Report of the Indian Hemp Drugs Commission, 1894-1895 - Volume IV
Year: 1894
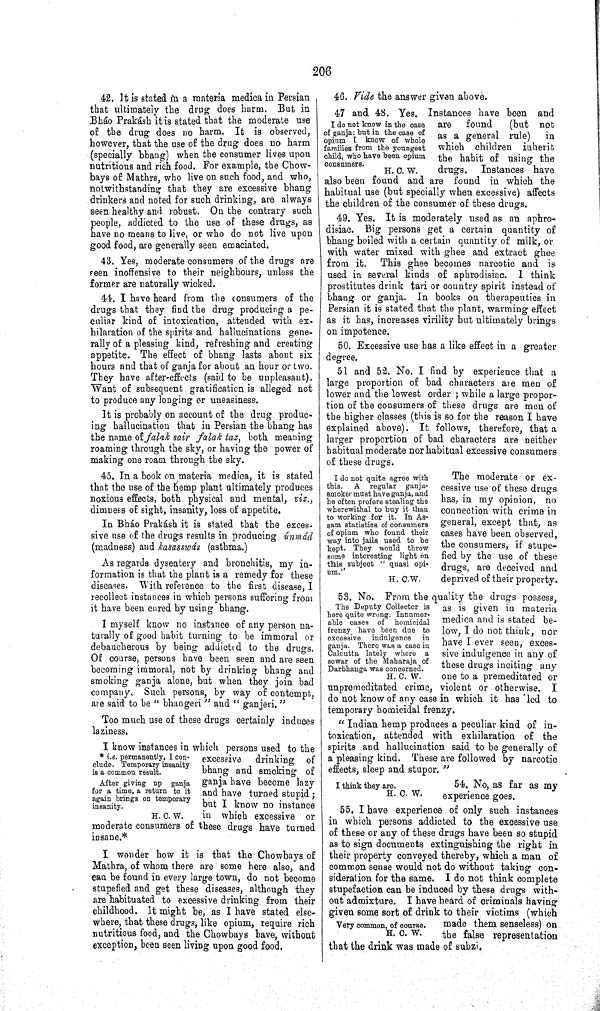
206
42. It is stated in a materia medica in Persian
that ultimately the drug does harm. But in
Bháo Prakásh it is stated that the moderate use
of the drug does no harm. It is observed,
however, that the use of the drug does no harm
(specially bhang) when the consumer lives upon
nutritious and rich food. For example, the Chow-
bays of Mathra, who live on such food, and who,
notwithstanding that they are excessive bhang
drinkers and noted for such drinking, are always
seen healthy and robust. On the contrary such
people, addicted to the use of these drugs, as
have no means to live, or who do not live upon
good food, are generally seen emaciated.
43. Yes, moderate consumers of the drugs are
seen inoffensive to their neighbours, unless the
former are naturally wicked.
44. I have heard from the consumers of the
drugs that they find the drug producing a pe-
culiar kind of intoxication, attended with ex-
hilaration of the spirits and hallucinations gene-
rally of a pleasing kind, refreshing and creating
appetite. The effect of bhang lasts about six
hours and that of ganja for about an hour or two.
They have after-effects (said to be unpleasant).
Want of subsequent gratification is alleged not
to produce any longing or uneasiness.
It is probably on account of the drug produc-
ing hallucination that in Persian the bhang has
the name of falak sair falak taz, both meaning
roaming through the sky, or having the power of
making one roam through the sky.
45. In a book on materia medica, it is stated
that the use of the hemp plant ultimately produces
noxious effects, both physical and mental, viz.,
dimness of sight, insanity, loss of appetite.
In Bháo Prakásh it is stated that the exces-
sive use of the drugs results in producing únmád
(madness) and kasasswás (asthma.)
As regards dysentery and bronchitis, my in-
formation is that the plant is a remedy for these
diseases. With reference to the first disease, I
recollect instances in which persons suffering from
it have been cured by using bhang.
I myself know no instance of any person na-
turally of good habit turning to be immoral or
debaucherous by being addicted to the drugs.
Of course, persons have been seen and are seen
becoming immoral, not by drinking bhang and
smoking ganja alone, but when they join bad
company. Such persons, by way of contempt,
are said to be "bhangeri" and "ganjeri."
Too much use of these drugs certainly induces
laziness.
* i.e. permanently, I con-
clude. Temporary insanity
is a common result.
After giving up ganja
for a time, a return to it
again brings on temporary
insanity.
H. C. W.
I know instances in which persons used to the
excessive
drinking
of
bhang and smoking of
ganja have become lazy
and have turned stupid;
but I know no instance
in which excessive or
moderate consumers of these drugs have turned
insane.*
I wonder how it is that the Chowbays of
Mathra, of whom there are some here also, and
can be found in every large town, do not become
stupefied and get these diseases, although they
are habituated to excessive drinking from their
childhood. It might be, as I have stated else-
where, that these drugs, like opium, require rich
nutritious food, and the Chowbays have, without
exception, been seen living upon good food.
46. Vide the answer given above.
I do not know in the case
of ganja; but in the case of
opium I know of whole
families from the youngest
child, who have been opium
consumers.
H. C. W.
47 and 48. Yes. Instances have been and
are
found
(but not
as a general rule)
in
which children
inherit
the habit of using the
drugs.
Instances have
also been found and are found in which the
habitual use (but specially when excessive) affects
the children of the consumer of these drugs.
49. Yes. It is moderately used as an aphro-
disiac. Big persons get a certain quantity of
bhang boiled with a certain quantity of milk, or
with water mixed with ghee and extract ghee
from it.
This ghee becomes narcotic and is
used in several kinds of aphrodisiac. I think
prostitutes drink tari or country spirit instead of
bhang or ganja. In books on therapeutics in
Persian it is stated that the plant, warming effect
as it has, increases virility but ultimately brings
on impotence.
50. Excessive use has a like effect in a greater
degree,
I do not quite agree with
this.
A regular ganja-
smoker must have ganja, and
he often prefers stealing the
wherewithal to buy it than
to working for it. In As-
sam statistics of consumers
of opium who found their
way into jails used to be
kept. They would throw
some interesting light on
this subject "quasi opi-
um.''
H. C.W.
51 and 52. No. I find by experience that a
large proportion of bad characters are men of
lower and the lowest order; while a large propor-
tion of the consumers of these drugs are men of
the higher classes (this is so for the reason I have
explained above). It follows, therefore, that a
larger proportion of bad characters are neither
habitual moderate nor habitual excessive consumers
of these drugs.
The moderate or ex-
cessive use of these drugs
has, in my opinion, no
connection with crime in
general, except that, as
cases have been observed,
the consumers, if stupe-
fied by the use of these
drugs, are deceived and
deprived of their property.
The Deputy Collector is
here quite wrong. Innumer-
able cases of homicidal
frenzy have been due to
excessive indulgence
in
ganja. There was a case in
Calcutta lately where a
sowar of the Maharaja of
Darbhanga was concerned.
H. C. W.
53. No. From the quality the drugs possess,
as is given in materia
medica and is stated be-
low, I do not think, nor
have I ever seen, exces-
sive indulgence in any of
these drugs inciting any
one to a premeditated or
unpremeditated crime, violent or otherwise.
I
do not know of any case in which it has led to
temporary homicidal frenzy.
"Indian hemp produces a peculiar kind of in-
toxication, attended with exhilaration of the
spirits and hallucination said to be generally of
a pleasing kind. These are followed by narcotic
effects, sleep and stupor."
I think they are.
H. C. W.
54. No, as far as my
experience goes.
Very common, of course.
H. C. W.
55. I have experience of only such instances
in which persons addicted to the excessive use
of these or any of these drugs have been so stupid
as to sign documents extinguishing the right in
their property conveyed thereby, which a man of
common sense would not do without taking con-
sideration for the same. I do not think complete
stupefaction can be induced by these drugs with-
out admixture. I have heard of criminals having
given some sort of drink to their victims (which
made them senseless) on
the false representation
that the drink was made of subzi.